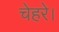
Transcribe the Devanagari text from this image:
चेहरे।